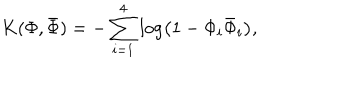
K ( \Phi , { \bar { \Phi } } ) = - \sum _ { i = 1 } ^ { 4 } \log \left( 1 - \Phi _ { i } { \bar { \Phi } } _ { i } \right) ,